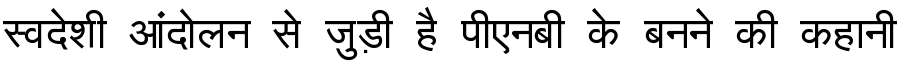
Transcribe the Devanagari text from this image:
स्वदेशी आंदोलन से जुड़ी है पीएनबी के बनने की कहानी